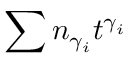
\sum n _ { \gamma _ { i } } t ^ { \gamma _ { i } }